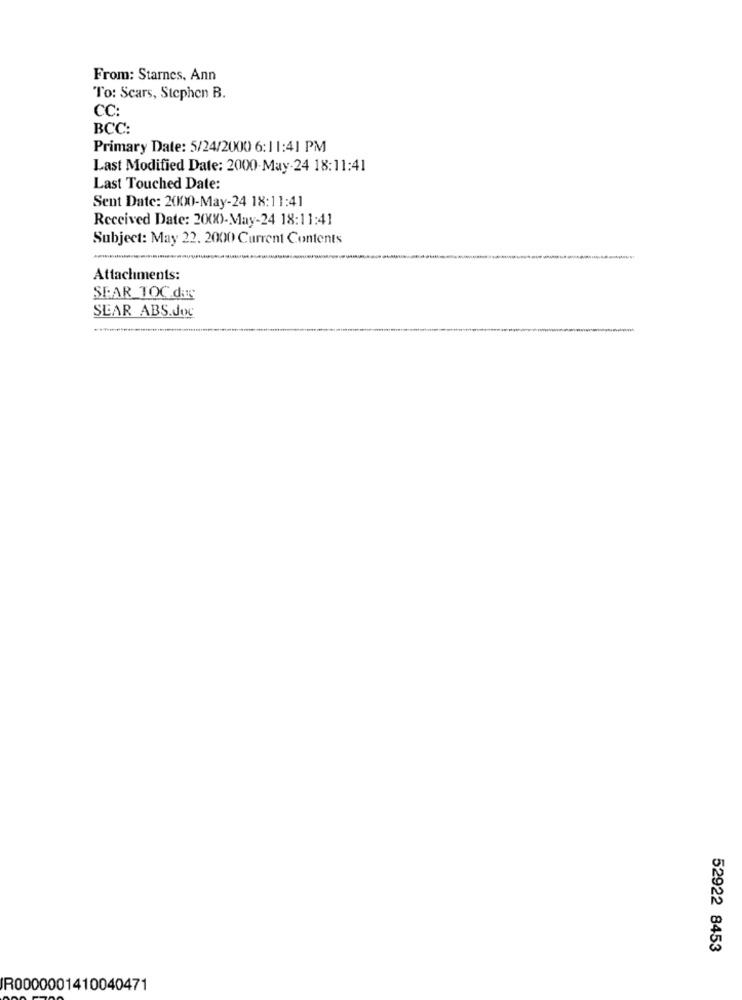
From: Starnes, Ann
To: Scars, Stephen B.
CC:
BCC:
Primary Date: 5/24/2000 6:11:41 PM
Last Modified Date: 2000-May-24 18:11:41
Last Touched Date:
Sent Date: 2000-May-24 18:11:41
Received Date: 2(XX)-May-24 18:11:41
Subject: May 22. 2000 Current Contents
Attachments:
SPAR TOC.das
SEAR ABS.Joc
52922 8453
IR0000001410040471